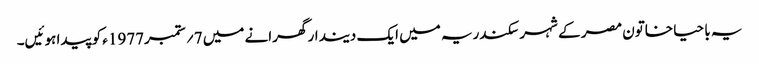
یہ با حیا خاتون مصر کے شہر سکندریہ میں ایک دیندار گھرانے میں 7؍ ستمبر1977ء کو پیدا ہوئیں۔